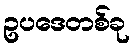
ဥပဒေတစ်ခု